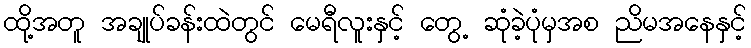
ထို့အတူ အချုပ်ခန်းထဲတွင် မေရီလူးနှင့် တွေ့ ဆုံခဲ့ပုံမှအစ ညိမအနေနှင့်